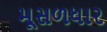
મૂસળધાર